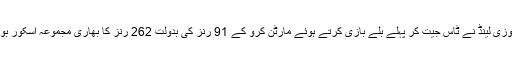
سیمی فائنل میں نیوزی لینڈ نے ٹاس جیت کر پہلے بلے بازی کرتے ہوئے مارٹن کرو کے 91 رنز کی بدولت 262 رنز کا بھاری مجموعہ اسکور بورڈ کی زینت بنایا۔